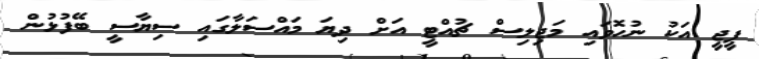
ޕީޖީ އަކު ނުހޮވައި މަޖިލިސް ޗުއްޓީ އަށް ދިޔަ މައްސަލާގައި ސިޔާސީ ބޭފުޅުން